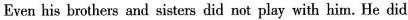
Even his brothers and sisters did not play with him. He did